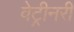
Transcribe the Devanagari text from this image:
वेट्रीनरी